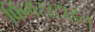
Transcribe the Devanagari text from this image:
फिंगरस्टाइल